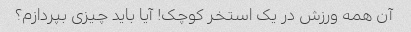
آن همه ورزش در یک استخر کوچک! آیا باید چیزی بپردازم؟